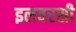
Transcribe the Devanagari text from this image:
इलवरसी